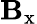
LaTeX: \mathbf{B}_{\textrm{{x}}}